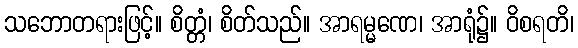
သဘောတရားဖြင့်။ စိတ္တံ၊ စိတ်သည်။ အာရမ္မဏေ၊ အာရုံ၌။ ဝိစရတိ၊